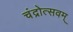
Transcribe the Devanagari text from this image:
चंद्रोत्सवम्